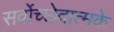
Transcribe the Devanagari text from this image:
सर्वोच्छेदात्मके